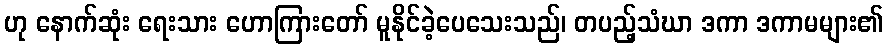
ဟု နောက်ဆုံး ရေးသား ဟောကြားတော် မူနိုင်ခဲ့ပေသေးသည်၊ တပည့်သံဃာ ဒကာ ဒကာမများ၏